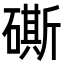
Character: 𥕶